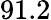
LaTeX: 91.2